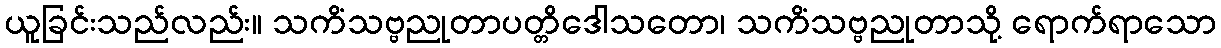
ယူခြင်းသည်လည်း။ သကိံသဗ္ဗညုတာပတ္တိဒေါသတော၊ သကိံသဗ္ဗညုတာသို့ ရောက်ရာသော